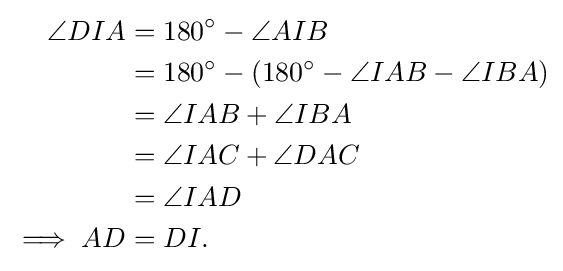
{\begin{aligned}\angle DIA&=180^{\circ }-\angle AIB\\&=180^{\circ }-(180^{\circ }-\angle IAB-\angle IBA)\\&=\angle IAB+\angle IBA\\&=\angle IAC+\angle DAC\\&=\angle IAD\\\implies AD&=DI.\end{aligned}}